Indian journal of veterinary science and animal husbandry - Volumes 15-17, 1948-1951
Year: 1948
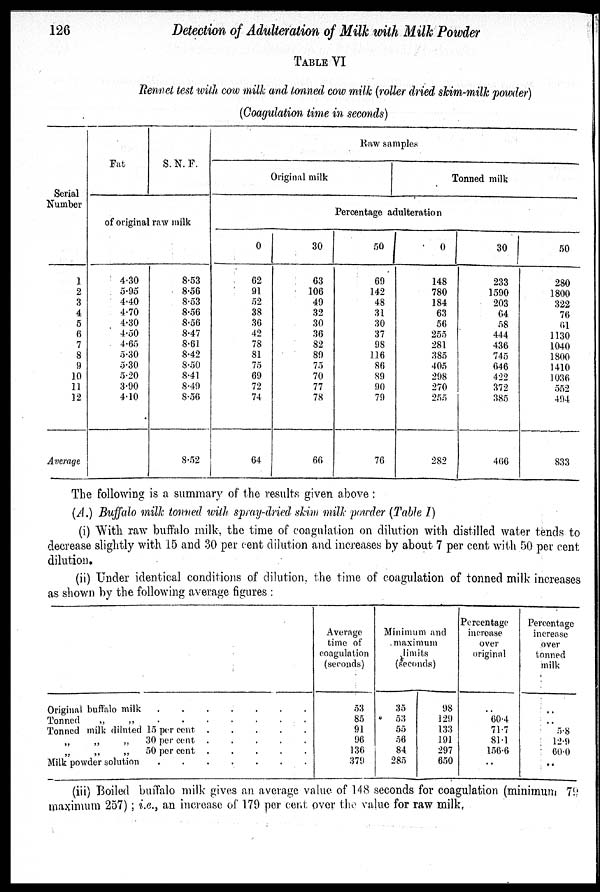
126
Detection of Adulteration of Milk with Milk Powder
TABLE VI
Rennet test with cow milk and tonned cow milk (roller dried skim-milk powder)
(Coagulation time in seconds)
Serial
Number
1
2
3
4
5
6
7
8
9
10
11
12
Average
Fat
S. N. F.
of original raw milk
4.30
5.95
4.40
4.70
4.30
4.50
4.65
5.30
5.30
5.20
3.90
4.10
8.53
8.56
8.53
8.56
8.56
8.47
8.61
8.42
8.50
8.41
8.49
8.56
8.52
Raw samples
Original milk
Tonned milk
Percentage adulteration
0
62
91
52
38
36
42
78
81
75
69
72
74
64
30
63
106
49
32
30
36
82
89
75
70
77
78
66
50
69
142
48
31
30
37
98
116
86
89
90
79
76
0
148
780
184
63
56
255
281
385
405
298
270
255
282
30
233
1590
203
64
58
444
436
745
646
422
372
385
466
50
280
1800
322
76
61
1130
1040
1800
1410
1036
552
494
833
The following is a summary of the results given above :
(A.) Buffalo milk tonned with spray-dried skim milk powder (Table I)
(i) With raw buffalo milk, the time of coagulation on dilution with distilled water tends to
decrease slightly with 15 and 30 per cent dilution and increases by about 7 per cent with 50 per cent
dilution.
(ii) Under identical conditions of dilution, the time of coagulation of tonned milk increases
as shown by the following average figures :
Original buffalo milk
.
.
.
.
Tonned
„
„
.
..
..
..
.
Tonned milk diluted 15 per cent
„ „ „ 30 per cent .
.
.
.
.
„
„ „ 50 per cent .
.
.
.
.
Milk powder solution
.
..
..
..
.
Average
time of
coagulation
(seconds)
53
85
91
96
136
379
Minimum and
maximum
limits
(seconds)
35
53
55
56
84
285
98
129
133
191
297
650
Percentage
increase
over
original
. .
60.4
71.7
81.1
156.6
. .
Percentage
increase
over
tonned
milk
. .
. .
5.8
12.9
60.0
. .
(iii) Boiled buffalo milk gives an average value of 148 seconds for coagulation (minimum 79
maximum 257) ; i.e., an increase of 179 per cent over the value for raw milk.